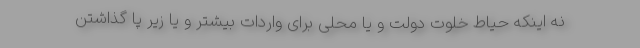
نه اینکه حیاط خلوت دولت و یا محلی برای واردات بیشتر و یا زیر پا گذاشتن